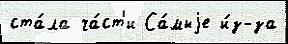
ста́ла ча́ст'и Са́мыjе и́з-за